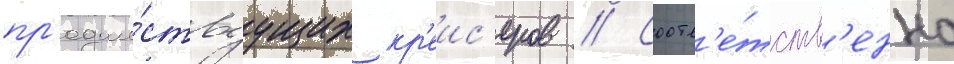
пр'едше́ствуущих кр'еис'еров // Соотв'е́тств'енно